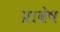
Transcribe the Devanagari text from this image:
प्रावेष